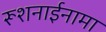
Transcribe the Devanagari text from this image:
रूशनाईनामा